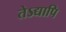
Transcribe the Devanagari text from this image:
तेऽद्यापि